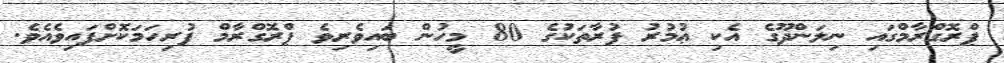
ޕްރޮގްރާމްގައި ނިލަންދޫގެ އެކި ޢުމުރު ފުރާތަކުގެ 80 މީހުން ބައިވެރިވެ ޕްރޮގްރާމް ފުރިހަމަކޮށްފައިވެއެވެ.